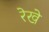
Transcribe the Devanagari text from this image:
रेखे